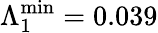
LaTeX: \Lambda_{1}^{\mathrm{min}}=0.039